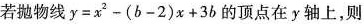
若抛物线 $$y = x ^ { 2 } - ( b - 2 ) x + 3 b$$ 的顶点在y轴上，则